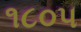
૧૮૦૫